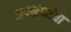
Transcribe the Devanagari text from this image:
अपभ्रंशांचा